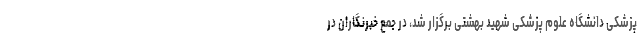
پزشکی دانشگاه علوم پزشکی شهید بهشتی برگزار شد، در جمع خبرنگاران در